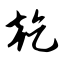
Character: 乾